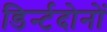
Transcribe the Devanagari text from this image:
डिर्न्टदोनों